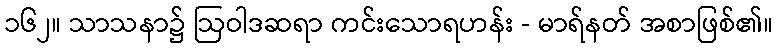
၁၆၂။ သာသနာ၌ ဩဝါဒဆရာ ကင်းသောရဟန်း - မာရ်နတ် အစာဖြစ်၏။